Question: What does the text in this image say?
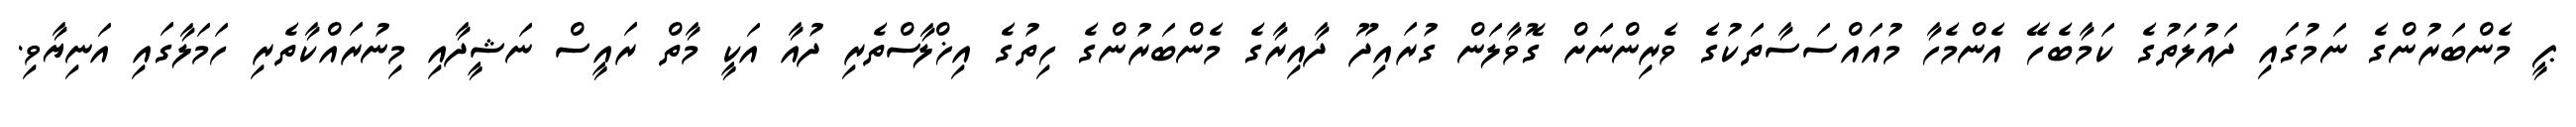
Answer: ޕީ މެންބަރުންގެ ނަމުގައި ދައުލަތުގެ ކަމާބެހޭ އެންމެހާ މުއައްސަސާތަކުގެ ވެރިންނަށް ގޮވާލަން ގުރައިދޫ ދާއިރާގެ މެންބަރުންގެ ހިތުގެ އިޚްލާސްތެރި ދުއާ އަކީ މާތް ރައީސް ނަޝީދާއި މިނުރައްކާތެރި ހަމަލާގައި އަނިޔާވި.